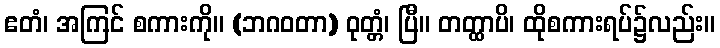
ဧတံ၊ အကြင် စကားကို။ (ဘဂဝတာ) ဝုတ္တံ၊ ပြီ။ တတ္ထာပိ၊ ထိုစကားရပ်၌လည်း။